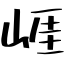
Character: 崕